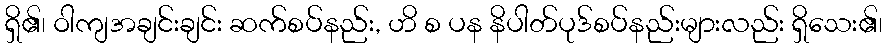
ရှိ၏၊ ဝါကျအချင်းချင်း ဆက်စပ်နည်း, ဟိ စ ပန နိပါတ်ပုဒ်စပ်နည်းများလည်း ရှိသေး၏၊